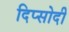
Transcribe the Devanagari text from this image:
दिप्सोदी